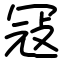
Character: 冦